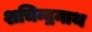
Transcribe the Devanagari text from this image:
शचिन्द्रनाथ